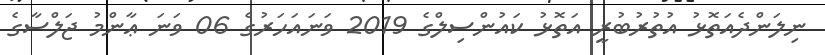
ނިލަންދެއަތޮޅު އުތުރުބުރީ އަތޮޅު ކައުންސިލްގެ 2019 ވަނައަހަރުގެ 06 ވަނަ ޢާންމު ޖަލްސާގެ